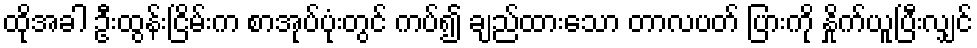
ထိုအခါ ဦးထွန်းငြိမ်းက စာအုပ်ပုံးတွင် ကပ်၍ ချည်ထားသော တာလပတ် ပြားကို နှိုက်ယူပြီးလျှင်